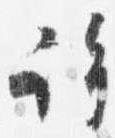
許